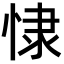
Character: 㥆